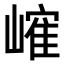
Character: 𪩐